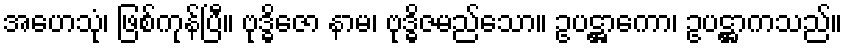
အဟေသုံ၊ ဖြစ်ကုန်ပြီ။ ဗုဒ္ဓိဇော နာမ၊ ဗုဒ္ဓိဇမည်သော။ ဥပဋ္ဌာကော၊ ဥပဋ္ဌာကသည်။